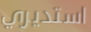
استديري